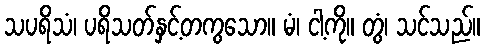
သပရိသံ၊ ပရိသတ်နှင့်တကွသော။ မံ၊ ငါ့ကို။ တွံ၊ သင်သည်။